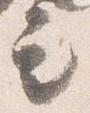
言